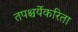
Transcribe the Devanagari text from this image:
तपश्चर्येकरिता